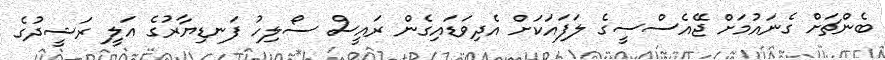
ބެންޗަށް ގެނައުމަށް ޖޭއެސްސީގެ ލަފައަކަށް އެދިވަޑައިގެން ރައީސް ސޯލިހު ފަނޑިޔާރުގެ އަލީ ރަޝީދުގެ